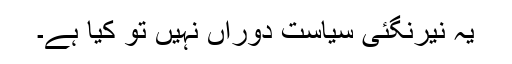
یہ نیرنگئی سیاستِ دوراں نہیں تو کیا ہے۔